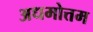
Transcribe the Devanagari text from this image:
अधमोत्तम